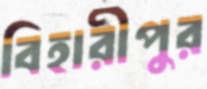
বিহারীপুর